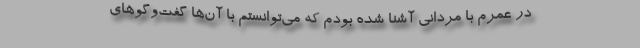
در عمرم با مردانی آشنا شده بودم که می‌توانستم با آن‌ها گفت‌وگوهای